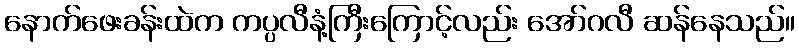
နောက်ဖေးခန်းထဲက ကပ္ပလီနံ့ကြီးကြောင့်လည်း အော်ဂလီ ဆန်နေသည်။